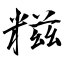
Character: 糍